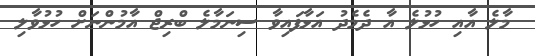
މާލެ އާއި ހުޅުލެ އާ ދެމެދު އަޅާފައިވާ ސިނަމާލެ ބްރިޖް އާމުންނަށް ހުޅުވާލި